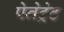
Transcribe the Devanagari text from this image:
पेनेट्रेट